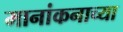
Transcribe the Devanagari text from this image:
मानांकनाच्या